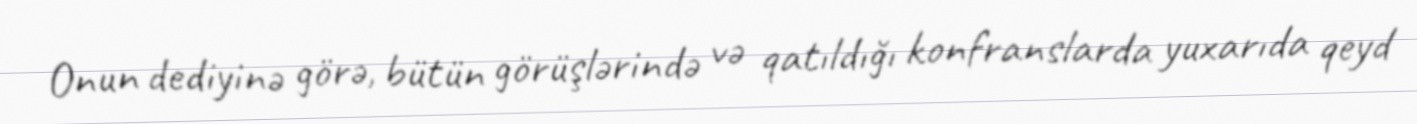
Onun dediyinə görə, bütün görüşlərində və qatıldığı konfranslarda yuxarıda qeyd